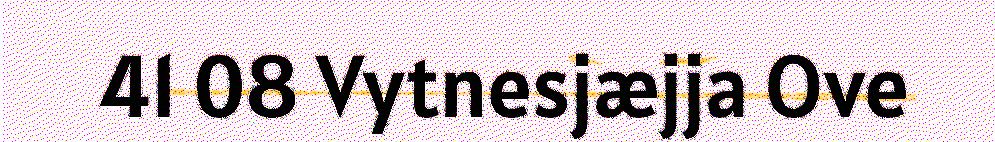
41 08 Vytnesjæjja Ove